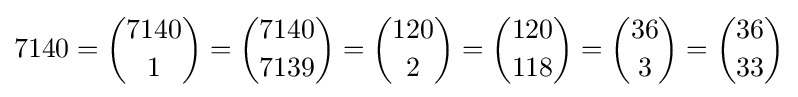
7140={7140 \choose 1}={7140 \choose 7139}={120 \choose 2}={120 \choose 118}={36 \choose 3}={36 \choose 33}